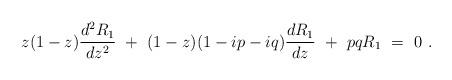
LaTeX: \begin{align*}z(1-z){d^{2}R_1 \over dz^{2}}~+~(1-z)(1-ip-iq){dR_1 \over dz}~+~pqR_1~=~0~.\end{align*}